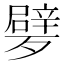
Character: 𣩩